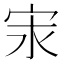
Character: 𭓢